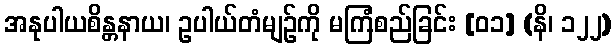
အနုပါယစိန္တနာယ၊ ဥပါယ်တံမျဉ်ကို မကြံစည်ခြင်း [၀၁] (နိ၊ ၁၂၂)